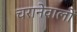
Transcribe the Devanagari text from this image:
चरानेवालों